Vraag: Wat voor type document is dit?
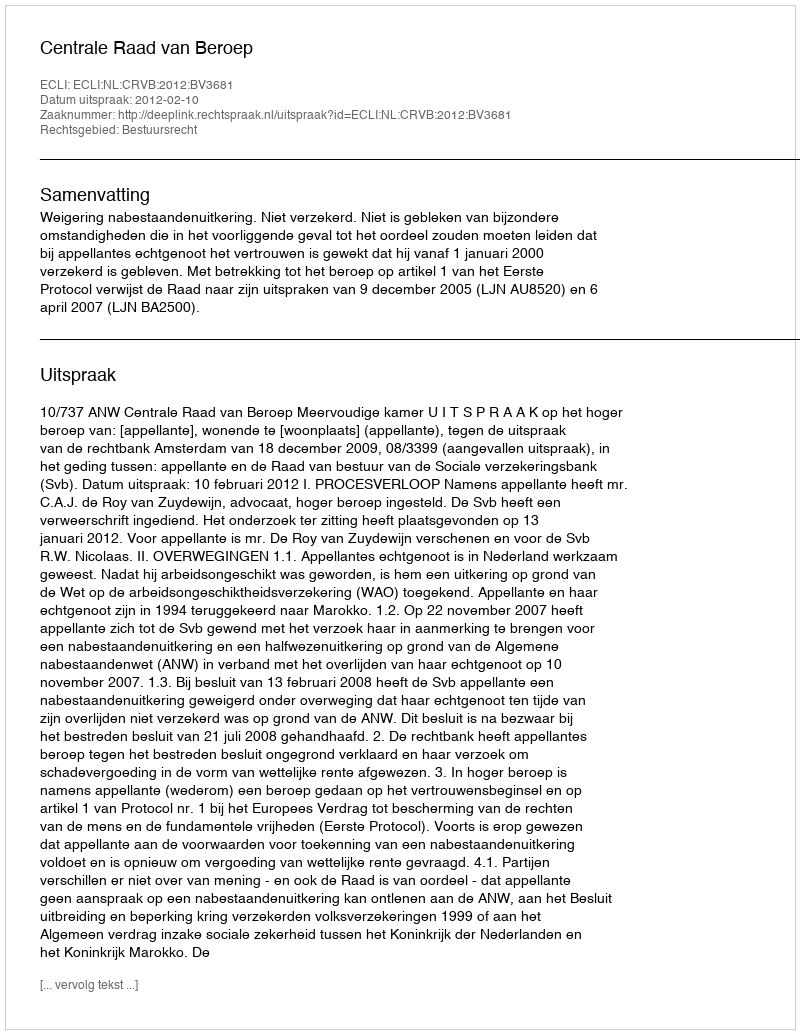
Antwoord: Uitspraak